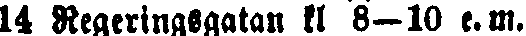
14 Regeringsgatan kl 8–10 e.m.